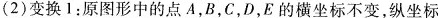
(2)变换1：原图形中的点A，B，C，D，E的横坐标不变，纵坐标